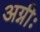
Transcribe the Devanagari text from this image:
अग्नीः